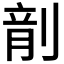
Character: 𪟍